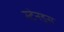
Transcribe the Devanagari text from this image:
स्टेनड्स